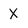
Character: X